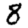
Digit: 8